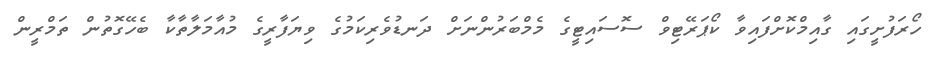
ހޯރަފުށީގައި ގާއިމްކޮށްފައިވާ ކޯޕަރޭޓިވް ސޮސައިޓީގެ މެމްބަރުންނަށް ދަނޑުވެރިކަމުގެ ވިޔަފާރީގެ މުއާމަލާާތާކާ ބެހޭގޮތުން ތަމްރީން